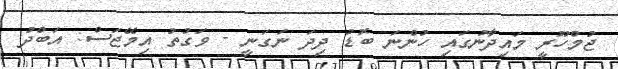
ޖުމްހޫރީ މައިދާނުގައި ހުންނަ ބޮޑު ދިދަ ނަގަނީ - ވަގުތު އިމޭޖަސް: އަބްދު